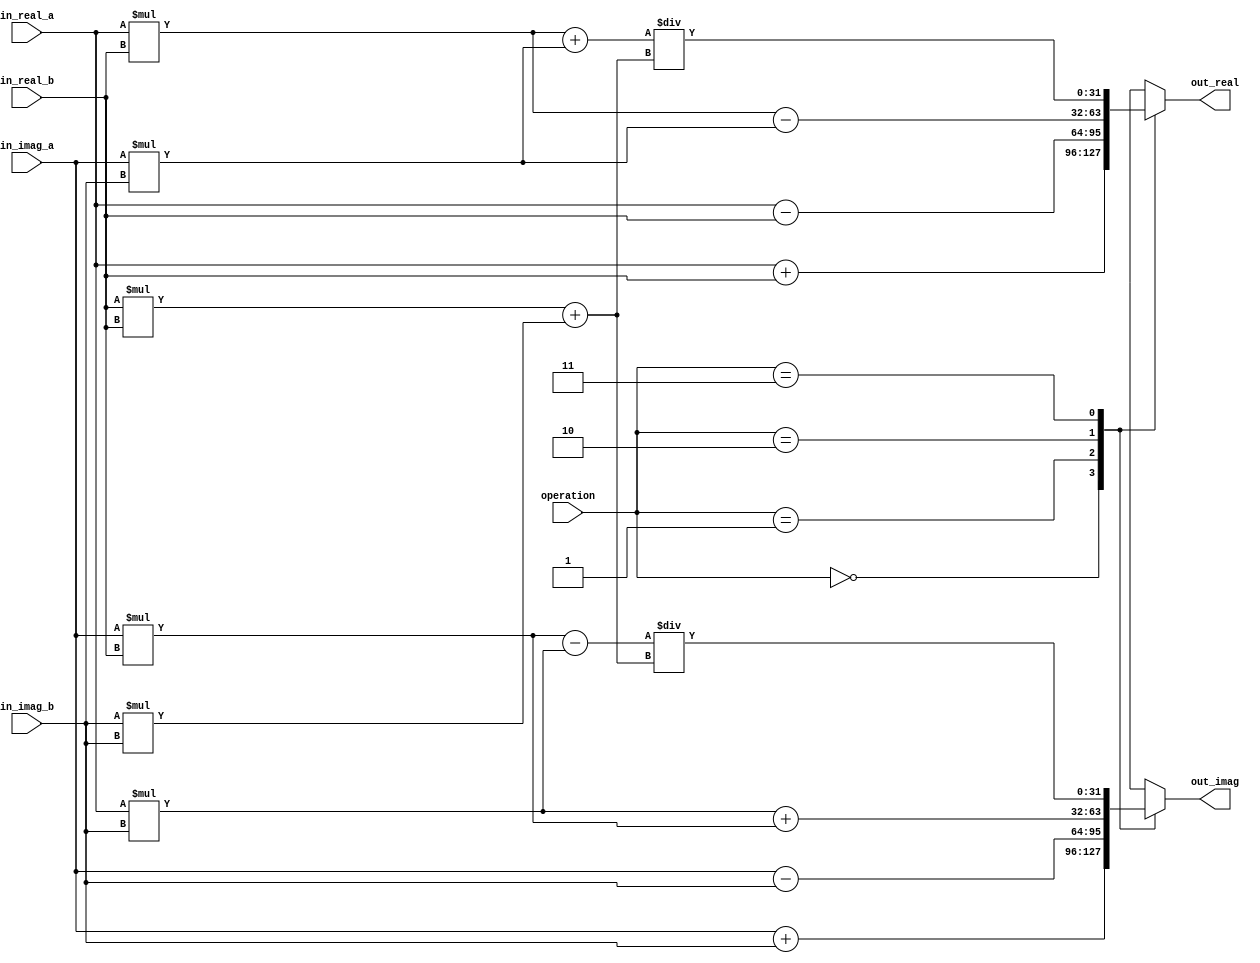
module Complex_ALU (
    input [31:0] in_real_a,
    input [31:0] in_imag_a,
    input [31:0] in_real_b,
    input [31:0] in_imag_b,
    input [1:0] operation,
    output reg [31:0] out_real,
    output reg [31:0] out_imag
);

always @(*) begin
    case(operation)
        2'b00: begin // Addition
            out_real = in_real_a + in_real_b;
            out_imag = in_imag_a + in_imag_b;
        end
        2'b01: begin // Subtraction
            out_real = in_real_a - in_real_b;
            out_imag = in_imag_a - in_imag_b;
        end
        2'b10: begin // Multiplication
            out_real = in_real_a * in_real_b - in_imag_a * in_imag_b;
            out_imag = in_real_a * in_imag_b + in_imag_a * in_real_b;
        end
        2'b11: begin // Division
            out_real = (in_real_a * in_real_b + in_imag_a * in_imag_b) / (in_real_b * in_real_b + in_imag_b * in_imag_b);
            out_imag = (in_imag_a * in_real_b - in_real_a * in_imag_b) / (in_real_b * in_real_b + in_imag_b * in_imag_b);
        end
    endcase
end

endmodule